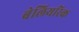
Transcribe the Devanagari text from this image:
बेलियरिक